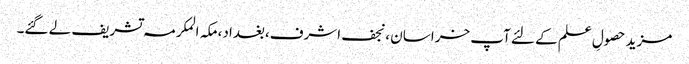
مزید حصولِ علم کے لئے آپ خراسان ،نجف اشرف،بغداد،مکہ المکرمہ تشریف لے گئے۔